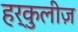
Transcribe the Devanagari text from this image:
हर्कुलीज़